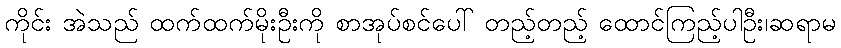
ကိုင်း အဲသည် ထက်ထက်မိုးဦးကို စာအုပ်စင်ပေါ် တည့်တည့် ထောင်ကြည့်ပါဦး၊ဆရာမ